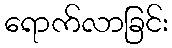
ရောက်လာခြင်း